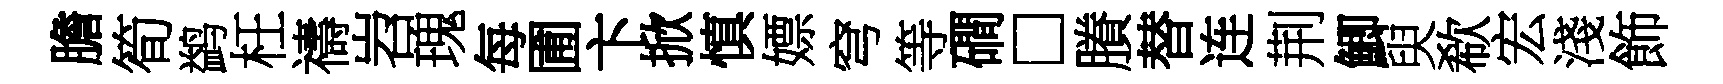
膽筍鹢枉禱岧瑰每圃卞掀慎嫖穹等磵□賸替连荆鯽臾欷宏淺飾